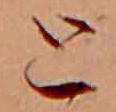
と